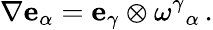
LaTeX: \nabla\mathbf{e}_{\alpha}=\mathbf{e}_{\gamma}\otimes\omega^{\gamma}{}_{\alpha}\, .